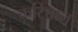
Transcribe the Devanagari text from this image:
करिच्चान्‌